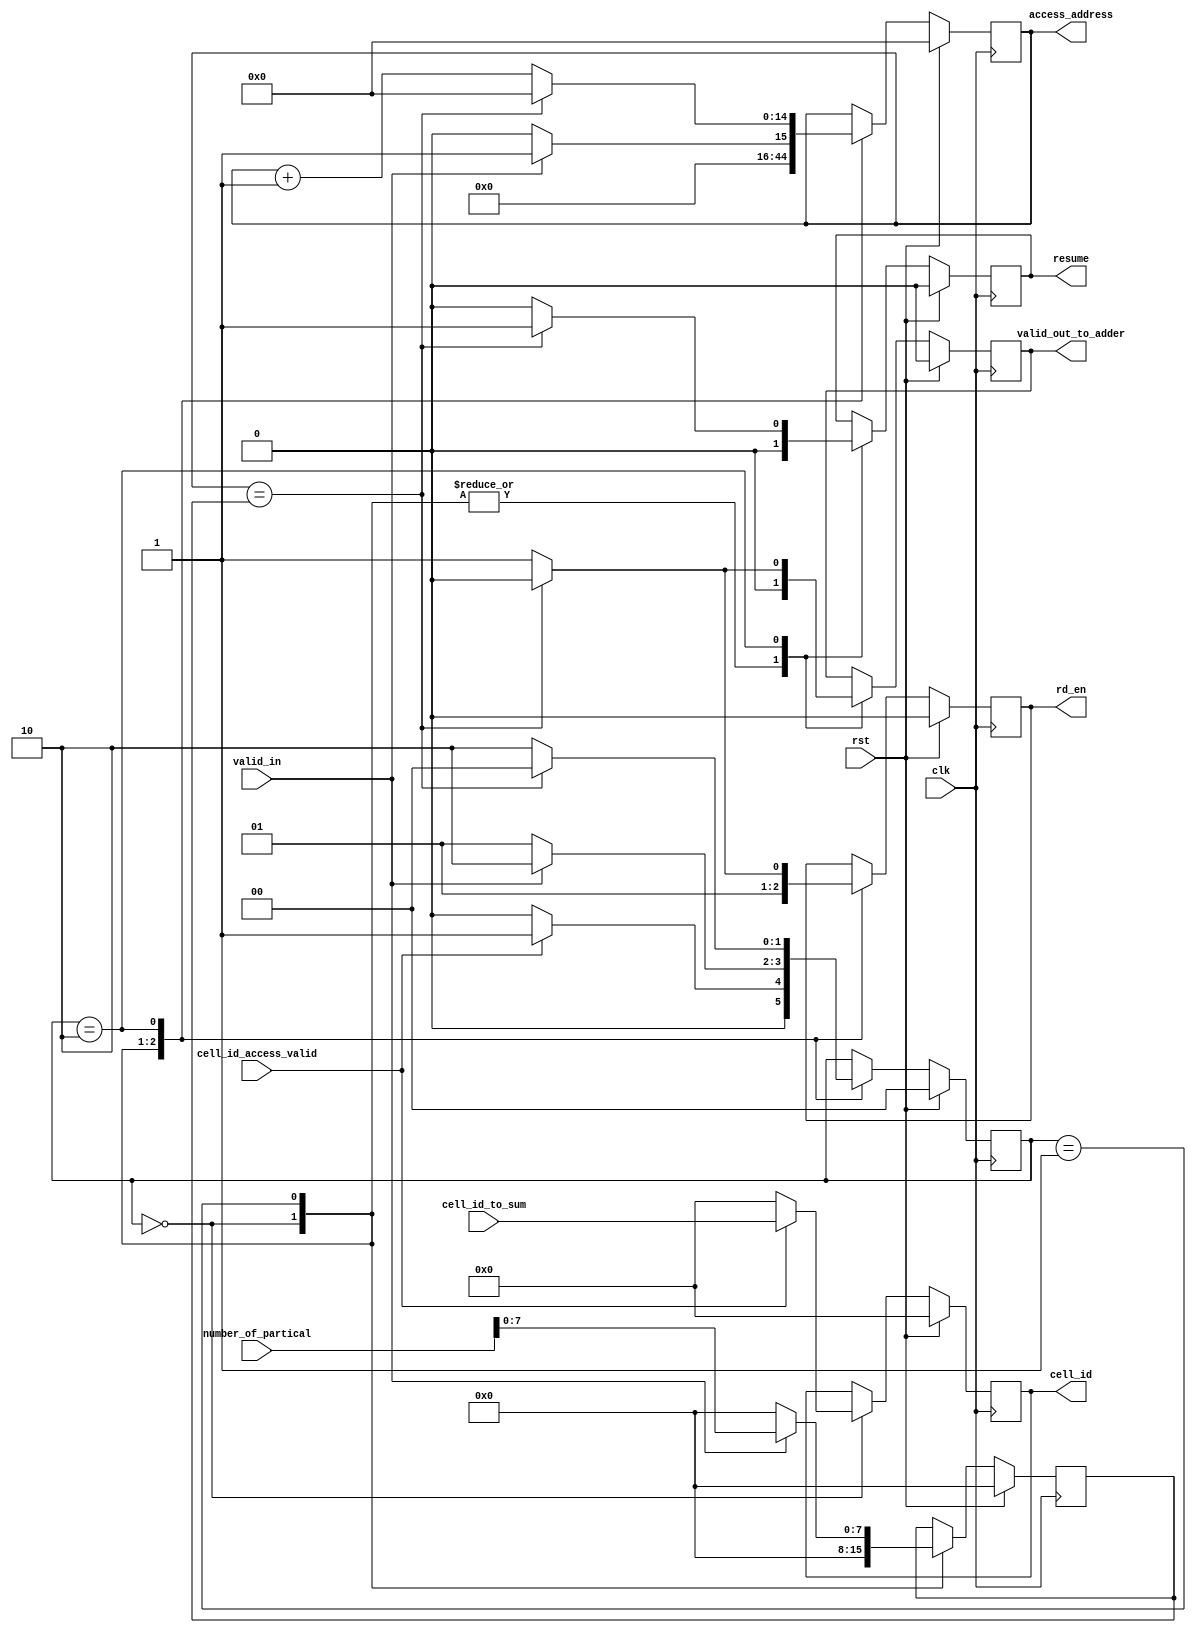
/////////////////////////////////////////////////////////////////////////////////////////////////////////////////////////////////////////////////////////////////////////
// Module: FSM_Access.v
//
// Function: 
//				Summation Control logic
//
// Data Organization:
//				
//
// Used by:
//				Summation_Logic.v
//
// Dependency:
//				N/A
//
// Testbench:
//				_tb.v
//
// Timing:
//				TBD
/////////////////////////////////////////////////////////////////////////////////////////////////////////////////////////////////////////////////////////////////////////

module FSM_Access
#(
	parameter DATA_WIDTH 					= 32,
	parameter TOTAL_PARTICLE_NUM 			= 20000,
	parameter PARTICLE_GLOBAL_ID_WIDTH 	= 15,											// log(TOTAL_PARTICLE_NUM)/log(2)
	parameter NUM_CELL_X 					= 5,
	parameter NUM_CELL_Y 					= 5,
	parameter NUM_CELL_Z 					= 5,
	parameter NUM_TOTAL_CELL 				= NUM_CELL_X * NUM_CELL_Y * NUM_CELL_Z
)
(
    input clk,
    input rst,
    input [NUM_TOTAL_CELL-1:0] cell_id_to_sum,
    input cell_id_access_valid,
    input [3*DATA_WIDTH-1:0] number_of_partical,
    output reg [PARTICLE_GLOBAL_ID_WIDTH-1:0] access_address,
    output reg [NUM_TOTAL_CELL-1:0] cell_id,
    output reg rd_en,
    output reg resume,
    output reg valid_out_to_adder,
    input valid_in
    );
    
    reg [1:0] state;
    reg [7:0] number_of_partical_r;
    
    parameter IDLE = 2'b00; 
    parameter CHECK = 2'b01;
    parameter ACCESS = 2'b10;
    
    always @(posedge clk)
    begin 
        if (rst) 
        begin
            access_address <= 0;
            cell_id <= 0;
            rd_en <= 0;
            resume <= 0;
            state <= IDLE;
            number_of_partical_r <= 0;
            valid_out_to_adder <= 0;
        end
        else begin
            case (state)
            IDLE: 
            begin 
                access_address <= 0;
                rd_en <= 0;
                resume <= 0;
                number_of_partical_r <= 0;
                valid_out_to_adder <= 0;
                if (cell_id_access_valid == 1)
                begin
                    state <= CHECK;
                    cell_id <= cell_id_to_sum;
                end
                else
                begin
                    state <= IDLE;
                    cell_id <= 0;
                end
            end
            CHECK: 
            begin 
                valid_out_to_adder <= 0;
                cell_id <= cell_id;
                rd_en <= 1;
                resume <= 0;
                if (valid_in == 1) 
                begin
                    number_of_partical_r <= number_of_partical[7:0];
                    state <= ACCESS;
                    access_address <= 1;
                end
                else
                begin
                    number_of_partical_r <= 0;
                    state <= CHECK;
                    access_address <= 0;
                end
            end
            ACCESS: 
            begin 
                cell_id <= cell_id;
                number_of_partical_r <= number_of_partical_r;
                if (access_address == number_of_partical_r)
                begin
                    access_address <= 0;
                    state <= IDLE;
                    rd_en <= 0;
                    valid_out_to_adder <= 0;
                    resume <= 1;
                end  
                else
                begin
                    valid_out_to_adder <= 1;
                    rd_en <= 1;
                    access_address <= access_address + 1;
                    resume <= 0;
                    state <= ACCESS;
                end
            end
            default: 
            begin 
                access_address <= access_address;
                cell_id <= cell_id;
                rd_en <= rd_en;
                resume <= resume;
                state <= state;
                number_of_partical_r <= number_of_partical_r;
                valid_out_to_adder <= valid_out_to_adder;
            end
            endcase
        end
    end
    
endmodule